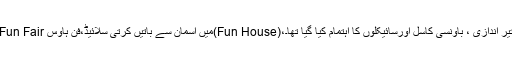
Fun Fair میں آسمان سے باتیں کرتی سلائیڈ،فن ہاؤس(Fun House)،تیر اندازی ، باؤنسی کاسل اورسائیکلوں کا اہتمام کیا گیا تھا۔